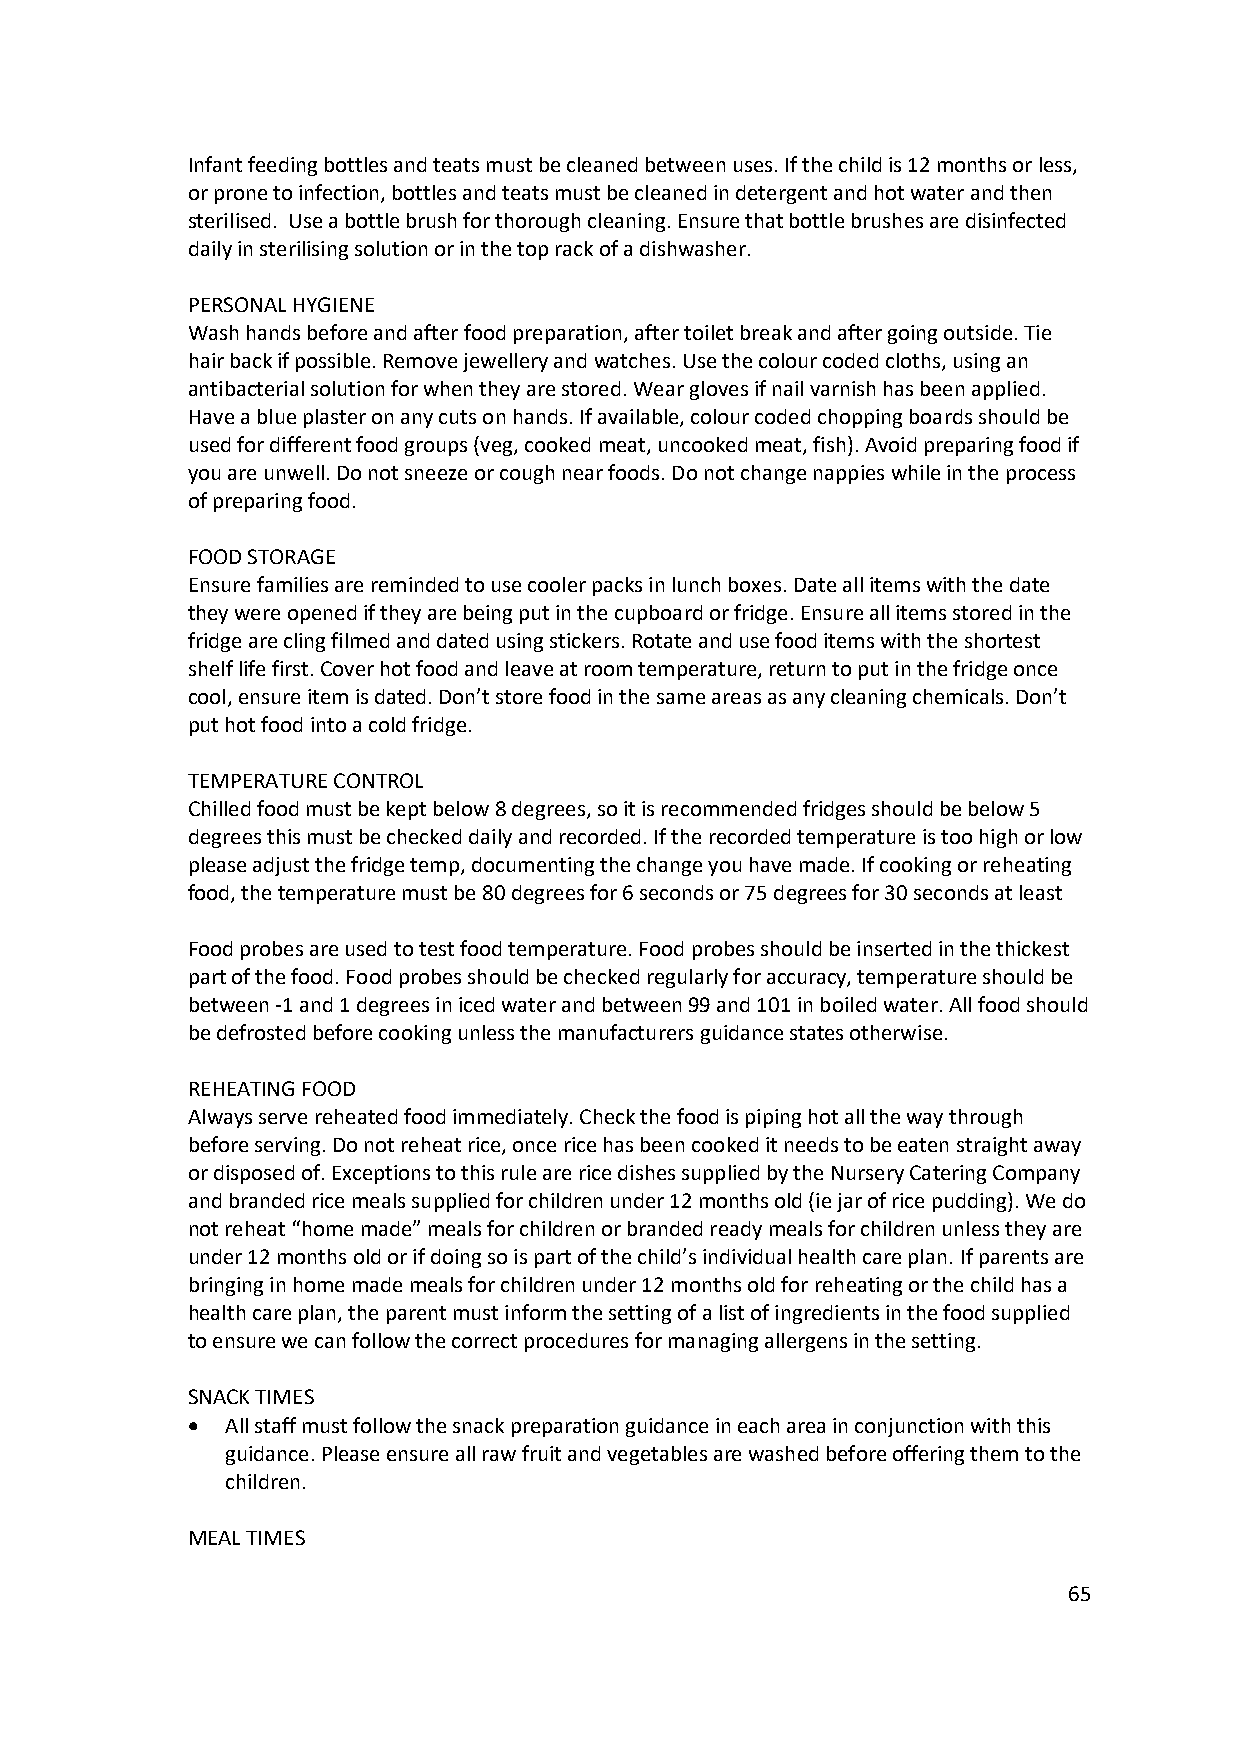
Infant feeding bottles and teats must be cleaned between uses. If the child is 12 months or less,
 or prone to infection, bottles and teats must be cleaned in detergent and hot water and then
 sterilised. Use a bottle brush for thorough cleaning. Ensure that bottle brushes are disinfected
 daily in sterilising solution or in the top rack of a dishwasher.
 PERSONAL HYGIENE
 Wash hands before and after food preparation, after toilet break and after going outside. Tie
 hair back if possible. Remove jewellery and watches. Use the colour coded cloths, using an
 antibacterial solution for when they are stored. Wear gloves if nail varnish has been applied.
 Have a blue plaster on any cuts on hands. If available, colour coded chopping boards should be
 used for different food groups (veg, cooked meat, uncooked meat, fish). Avoid preparing food if
 you are unwell. Do not sneeze or cough near foods. Do not change nappies while in the process
 of preparing food.
 FOOD STORAGE
 Ensure families are reminded to use cooler packs in lunch boxes. Date all items with the date
 they were opened if they are being put in the cupboard or fridge. Ensure all items stored in the
 fridge are cling filmed and dated using stickers. Rotate and use food items with the shortest
 shelf life first. Cover hot food and leave at room temperature, return to put in the fridge once
 cool, ensure item is dated. Don’t store food in the same areas as any cleaning chemicals. Don’t
 put hot food into a cold fridge.
 TEMPERATURE CONTROL
 Chilled food must be kept below 8 degrees, so it is recommended fridges should be below 5
 degrees this must be checked daily and recorded. If the recorded temperature is too high or low
 please adjust the fridge temp, documenting the change you have made. If cooking or reheating
 food, the temperature must be 80 degrees for 6 seconds or 75 degrees for 30 seconds at least
 Food probes are used to test food temperature. Food probes should be inserted in the thickest
 part of the food. Food probes should be checked regularly for accuracy, temperature should be
 between -1 and 1 degrees in iced water and between 99 and 101 in boiled water. All food should
 be defrosted before cooking unless the manufacturers guidance states otherwise.
 REHEATING FOOD
 Always serve reheated food immediately. Check the food is piping hot all the way through
 before serving. Do not reheat rice, once rice has been cooked it needs to be eaten straight away
 or disposed of. Exceptions to this rule are rice dishes supplied by the Nursery Catering Company
 and branded rice meals supplied for children under 12 months old (ie jar of rice pudding). We do
 not reheat “home made” meals for children or branded ready meals for children unless they are
 under 12 months old or if doing so is part of the child’s individual health care plan. If parents are
 bringing in home made meals for children under 12 months old for reheating or the child has a
 health care plan, the parent must inform the setting of a list of ingredients in the food supplied
 to ensure we can follow the correct procedures for managing allergens in the setting.
 SNACK TIMES
 •  All staff must follow the snack preparation guidance in each area in conjunction with this
 guidance. Please ensure all raw fruit and vegetables are washed before offering them to the
 children.
 MEAL TIMES
 65